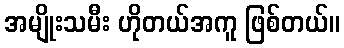
အမျိုးသမီး ဟိုတယ်အကူ ဖြစ်တယ်။